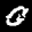
Label: 0